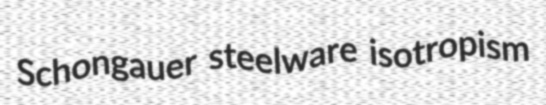
Schongauer steelware isotropism